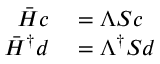
\begin{array} { r l } { \boldsymbol { \bar { H } c } } & { { } = \boldsymbol { \Lambda S c } } \\ { \boldsymbol { \bar { H } ^ { \dagger } d } } & { { } = \boldsymbol { \Lambda ^ { \dagger } S d } } \end{array}